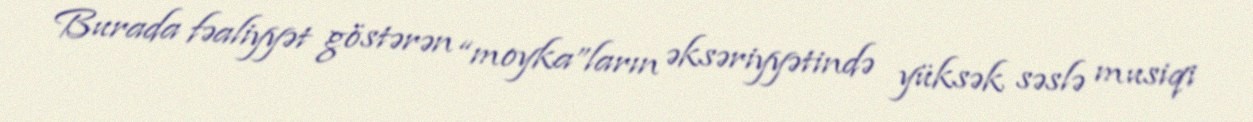
Burada fəaliyyət göstərən “moyka”ların əksəriyyətində yüksək səslə musiqi